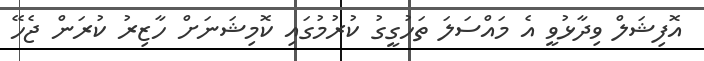
އޮފިޝަލް ވިދާޅުވީ އެ މައްސަލަ ތަހުގީގު ކުރުމުގައި ކޮމިޝަނަށް ހާޒިރު ކުރަން ޖެހޭ